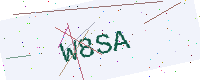
Text: W8SA